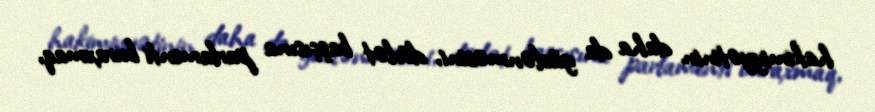
hakimiyyətinin daha da güclənməsini, dövlət başçısına parlamenti buraxmaq,